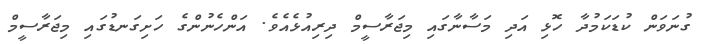
ގުނަވަން ކުޑަކަމުދާ ހޮޅި އަދި މަސާނާގައި މިޖަރާސީމް ދިރިއުޅެއެވެ. އަންހެނުންގެ ހަށިގަނޑުގައި މިޖަރާސީމް